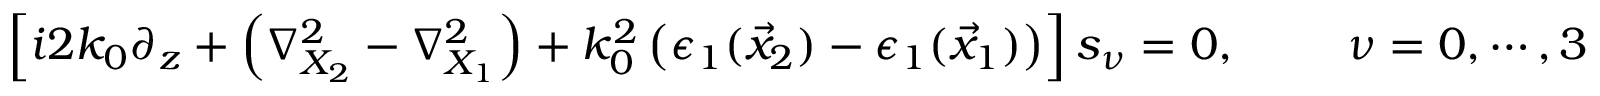
\begin{array} { r } { \left[ i 2 k _ { 0 } \partial _ { z } + \left( \nabla _ { X _ { 2 } } ^ { 2 } - \nabla _ { X _ { 1 } } ^ { 2 } \right) + k _ { 0 } ^ { 2 } \left( \epsilon _ { 1 } ( \vec { x } _ { 2 } ) - \epsilon _ { 1 } ( \vec { x } _ { 1 } ) \right) \right] s _ { \nu } = 0 , \, \, \, \, \, \, \, \, \, \, \, \, \, \, \nu = 0 , \cdots , 3 } \end{array}